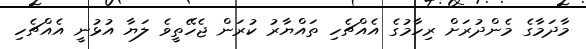
މާދަމާގެ މެންދުރަށް ރިހާމުގެ އެއްޗެހި ތައްޔާރު ކުރަން ޖެހޭތީވެ ލަޔާ އުޅުނީ އެއްޗެހި